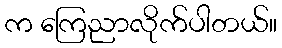
က ကြေညာလိုက်ပါတယ်။